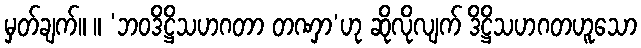
မှတ်ချက်။ ။ ‘ဘဝဒိဋ္ဌိသဟဂတာ တဏှာ’ဟု ဆိုလိုလျက် ဒိဋ္ဌိသဟဂတဟူသော